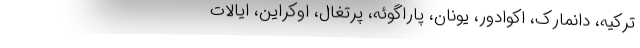
ترکیه، دانمارک، اکوادور، یونان، پاراگوئه، پرتغال، اوکراین، ایالات